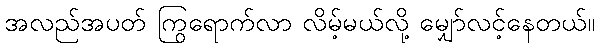
အလည်အပတ် ကြွရောက်လာ လိမ့်မယ်လို့ မျှော်လင့်နေတယ်။